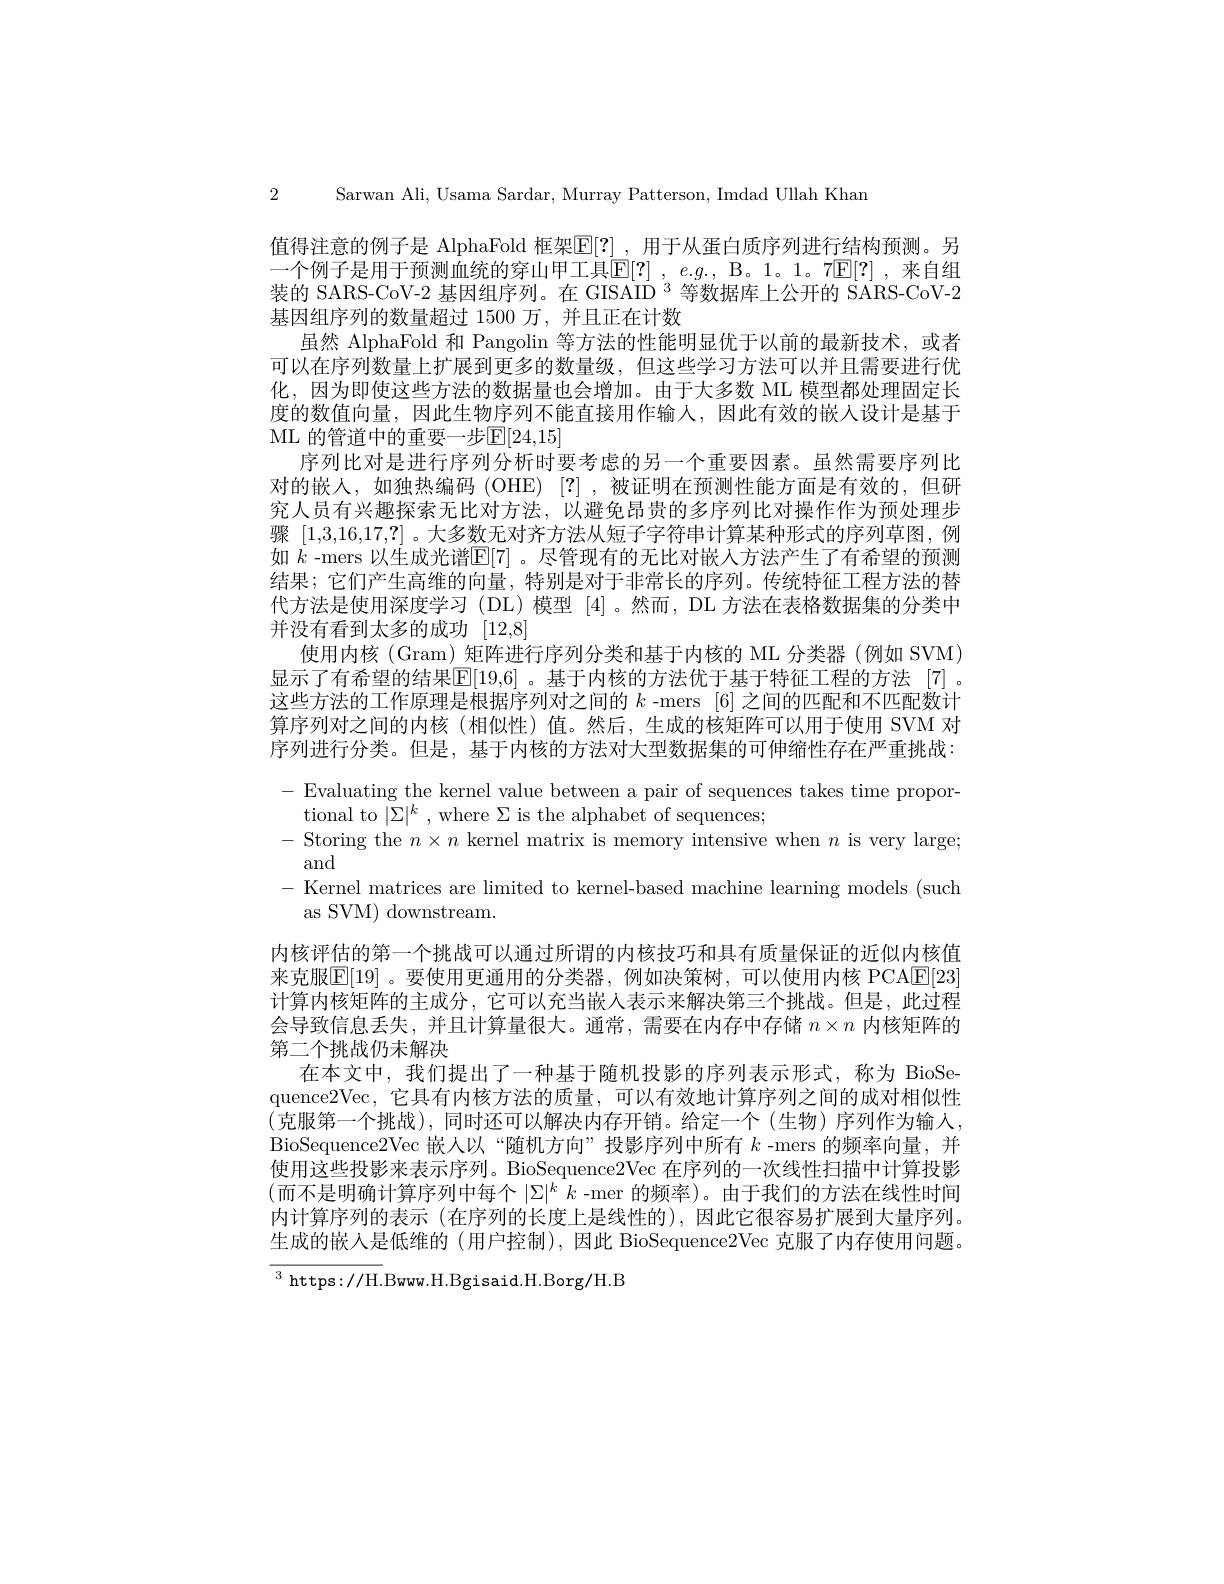
2 Sarwan Ali, Usama Sardar, Murrav Patterson. Imdad Ullah Khar

值得注意的例子是 AlphaFold 框架$\boxed{\mathbb{E}}[?]$ ,用于从蛋白质序列进行结构预测。另一个例子是用于预测血统的穿山甲工具$\mathbb{E} [ ? ]$ , $e. g. $, $\mathbb{B} .$ 1。1. $7\mathbb{E} [ ? ]$ , 来自组装的 SARS-CoV-2 基因组序列。在 GISAID $^{3}$等数据库上公开的 SARS-CoV-2基因组序列的数量超过 1500 万，并且正在计数
虽然 AlphaFold 和 Pangolin 等方法的性能明显优于以前的最新技术，或者可以在序列数量上扩展到更多的数量级，但这些学习方法可以并且需要进行优化，因为即使这些方法的数据量也会增加。由于大多数 ML 模型都处理固定长度的数值向量，因此生物序列不能直接用作输入，因此有效的嵌人设计是基于ML 的管道中的重要一步E[24,15]
序列比对是进行序列分析时要考虑的另一个重要因素。虽然需要序列比对的嵌入，如独热编码(OHE) [?] ,被证明在预测性能方面是有效的，但研究人员有兴趣探索尤比对方法，以避免昂贵的多序列比对操作作为预处理步骤[1,3,16,17,?] 。大多数无对齐方法从短子字符串计算某种形式的序列草图，例如 $\dot{k}$ -mers 以生成光谱$\mathbb{E}[7]$ 。尽管现有的无比对嵌人方法产生了有希望的预测结果；它们产生高维的向量，特别是对于非常长的序列。传统特征工程方法的替代方法是使用深度学习(DL)模型[4]。然而，DL 方法在表格数据集的分类中并没有看到太多的成功[12,8]
使用内核(Gram) 矩阵进行序列分类和基于内核的 ML 分类器 (例如 SVM) 显示了有希望的结果$\mathbb{E}[19,6]$ 。基于内核的方法优于基于特征工程的方法 [7] 。这些方法的工作原理是根据序列对之间的$k$ -mers [6]之间的匹配和不匹配数计算序列对之间的内核(相似性)值。然后，生成的核矩阵可以用于使用 SVM 对序列进行分类。但是，基于内核的方法对大型数据集的可伸缩性存在严重挑战： -Evaluating the kernel value between a pair of sequences takes time propor-
tional to $|\Sigma|^k$,where $\Sigma$ is the alphabet of sequences;
- Storing the $n\times n$ kernel matrix is memory intensive when $n$ is very large;
and
- Kernel matrices are limited to kernel-based machine learning models (such)
as SVM) downstream.
内核评估的第一个挑战可以通过所谓的内核技巧和具有质量保证的近似内核值来克服$\mathbb{E}[19]$ 。要使用更通用的分类器，例如决策树，可以使用内核 PCAlE[23] 计算内核矩阵的主成分，它可以充当嵌入表示来解决第三个挑战。但是，此过程会导致信息丢失，并且计算量很大。通常，需要在内存中存储$n\times n$内核矩阵的第二个挑战仍未解决
在本文中，我们提出了一种基于随机投影的序列表示形式，称为 BioSequence2Vec,它具有内核方法的质量，可以有效地计算序列之间的成对相似性(克服第一个挑战),同时还可以解决内存开销。给定一个(生物)序列作为输入， BioSequence2Vec 嵌人以“随机方向”投影序列中所有$k$ -mers 的频率向量，并使用这些投影来表示序列。BioSequence2Vec 在序列的一次线性扫描中计算投影(而不是明确计算序列中每个 $|\Sigma|^k$ -mer 的频率)。由于我们的方法在线性时间内计算序列的表示 (在序列的长度上是线性的),因此它很容易扩展到大量序列。生成的嵌入是低维的 (用户控制), 因此 BioSequence2Vec 克服了内存使用问题。$^{3}$ https://H.Bwww.H.Bgisaid.H.Borg/H.B